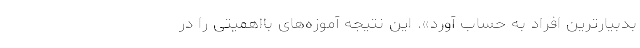
بدبیارترین افراد به حساب آورد». این نتیجه آموزه‌های بااهمیتی را در